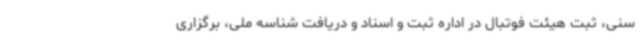
سنی، ثبت هیئت فوتبال در اداره ثبت و اسناد و دریافت شناسه ملی، برگزاری